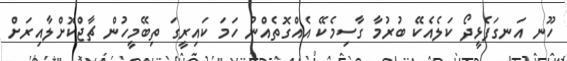
ހޫނ އަނގަފެޅީދޯ ކަލެއެކޭ ބުރުމާ ގާސިމެކޭ އެއްގޮތެއްނު ހަމަ ކައިރީގަ ތިބޭމީހުން ޗާޖްކޮށްލާއިރަށް